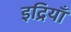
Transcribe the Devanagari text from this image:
इद्रियाँ